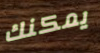
يمكنك